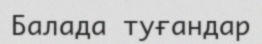
Балада туғандар